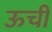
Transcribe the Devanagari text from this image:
ऊचीं